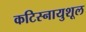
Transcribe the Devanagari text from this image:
कटिस्नायुशूल